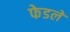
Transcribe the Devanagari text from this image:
फेडलें